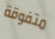
متفوقة